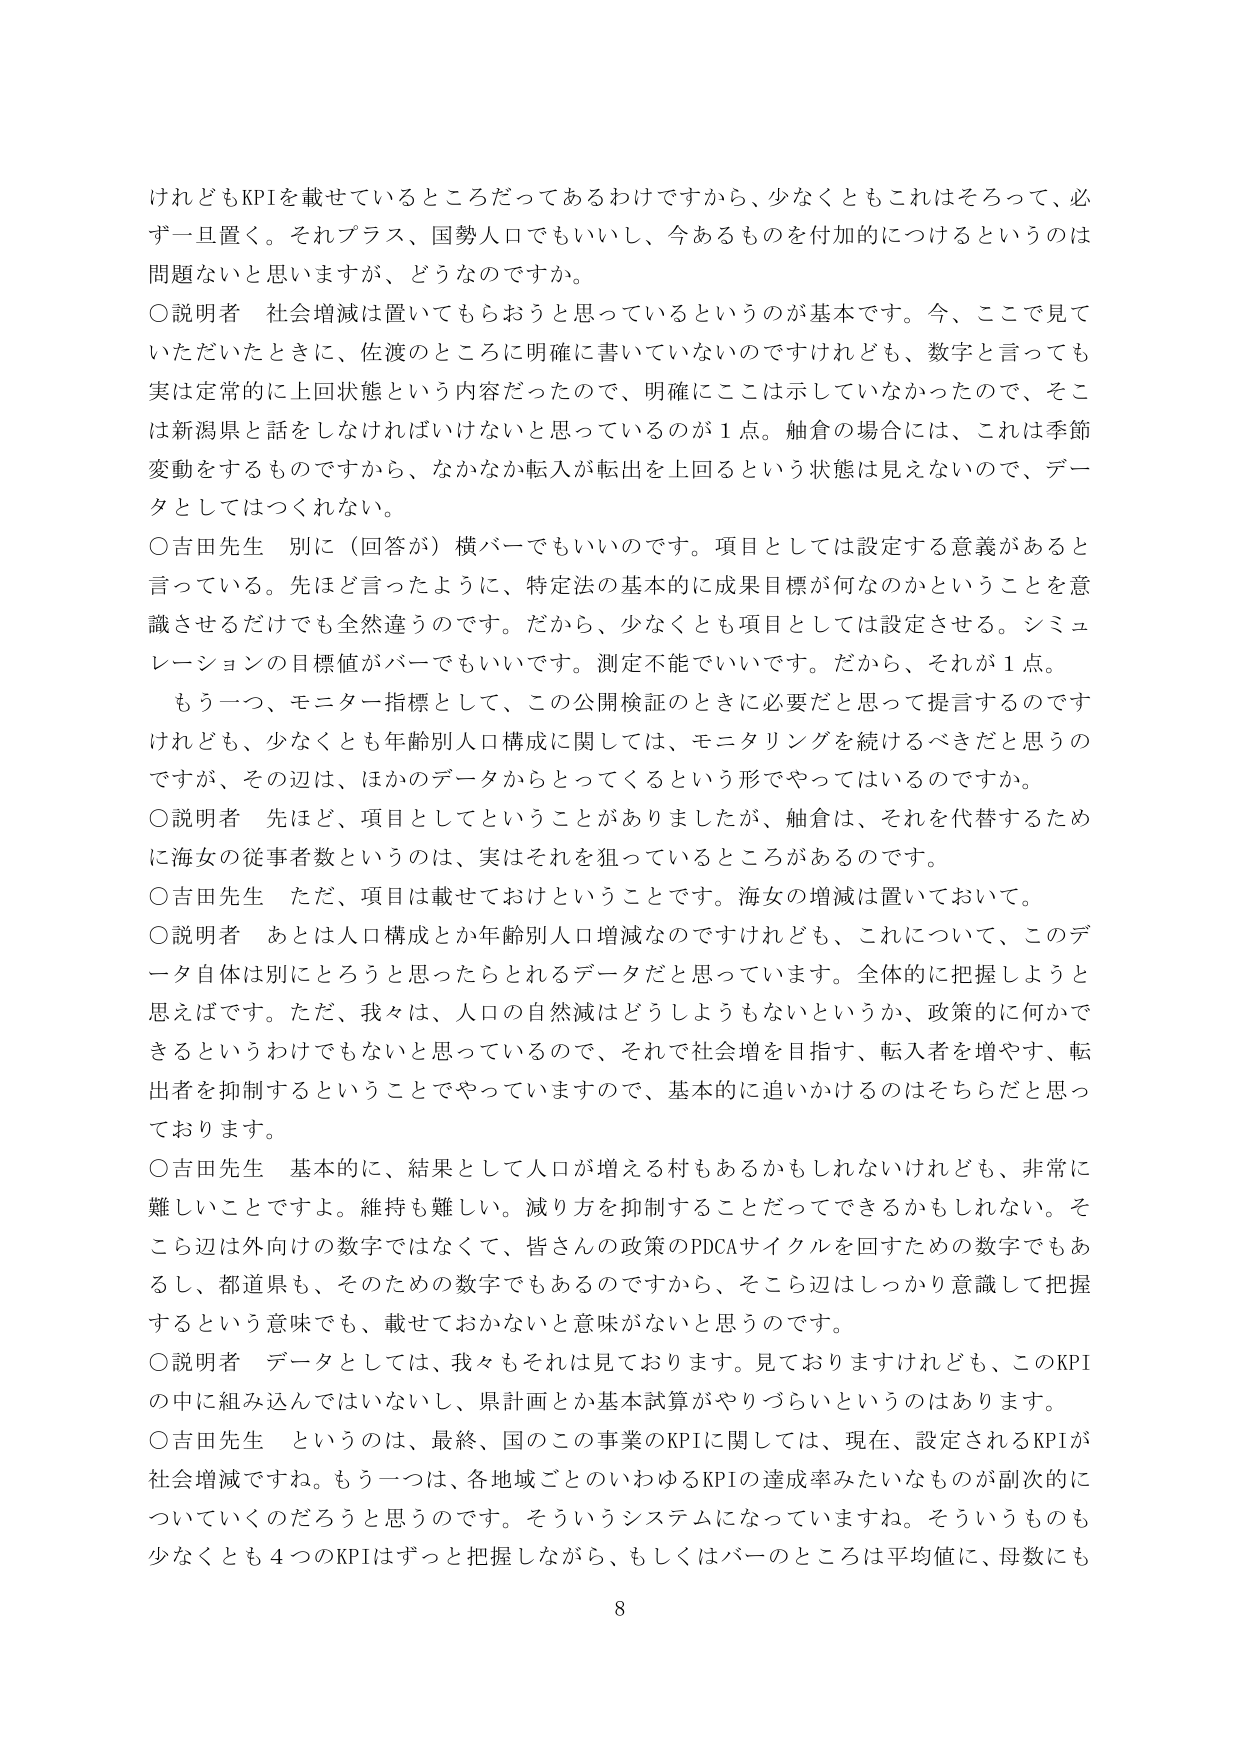
けれどもKPIを載せているところだってあるわけですから、少なくともこれはそろって、必ず一旦置く。それプラス、国勢人口でもいいし、今あるものを付加的につけるというのは問題ないと思いますが、どうなのですか。

○説明者　社会増減は置いてもらおうと思っているというのが基本です。今、ここで見ていただいたときに、佐渡のところに明確に書いていないのですけれども、数字と言っても実は定常的に上回状態という内容だったので、明確にここは示していなかったので、そこは新潟県と話をしなければいけないと思っているのが1点。舳倉の場合には、これは季節変動をするものですから、なかなか転入が転出を上回るという状態は見えないので、データとしてはつくれない。

○吉田先生　別に（回答が）横バーでもいいのです。項目としては設定する意義があると言っている。先ほど言ったように、特定法の基本的に成果目標が何なのかということを意識させるだけでも全然違うのです。だから、少なくとも項目としては設定させる。シミュレーションの目標値がバーでもいいです。測定不能でいいです。だから、それが1点。

もう一つ、モニター指標として、この公開検証のときに必要だと思って提言するのですけれども、少なくとも年齢別人口構成に関しては、モニタリングを続けるべきだと思うのですが、その辺は、ほかのデータからとってくるという形でやってはいるのですか。

○説明者　先ほど、項目としてということがありましたか、舳倉は、それを代替するために海女の従事者数というのは、実はそれを狙っているところがあるのです。

○吉田先生　ただ、項目は載せておけということです。海女の増減は置いておいて。

○説明者　あとは人口構成とか年齢別人口増減なのですが、これについて、このデータ自体は別にとろうと思ったらとれるデータだと思っています。全体的に把握しようと思えばです。ただ、我々は、人口の自然減はどうしようもないというか、政策的に何かできるというわけでもないと思っているので、それで社会増を目指す、転入者を増やす、転出者を抑制するということでやっていますので、基本的に追いかけるのはそちらだと思っております。

○吉田先生　基本的に、結果として人口が増える村もあるかもしれないけれども、非常に難しいことですよ。維持も難しい。減り方を抑制することだってできるかもしれない。そこら辺は外向けの数字ではなくて、皆さんの政策のPDCAサイクルを回すための数字でもあるし、都道県も、そのための数字でもあるのですから、そこら辺はしっかり意識して把握するという意味でも、載せておかないと意味がないと思うのです。

○説明者　データとしては、我々もそれは見ております。見ておりますけれども、このKPIの中に組み込んではいないし、県計画とか基本試算がやりづらいというのはあります。

○吉田先生　というのは、最終、国のこの事業のKPIに関しては、現在、設定されるKPIが社会増減ですね。もう一つは、各地域ごとのいわゆるKPIの達成率みたいなものが副次的についていくのだろうと思うのです。そういうシステムになっていますね。そういうものも少なくとも4つのKPIはずっと把握しながら、もしくはバーのところは平均値に、母数にも

8